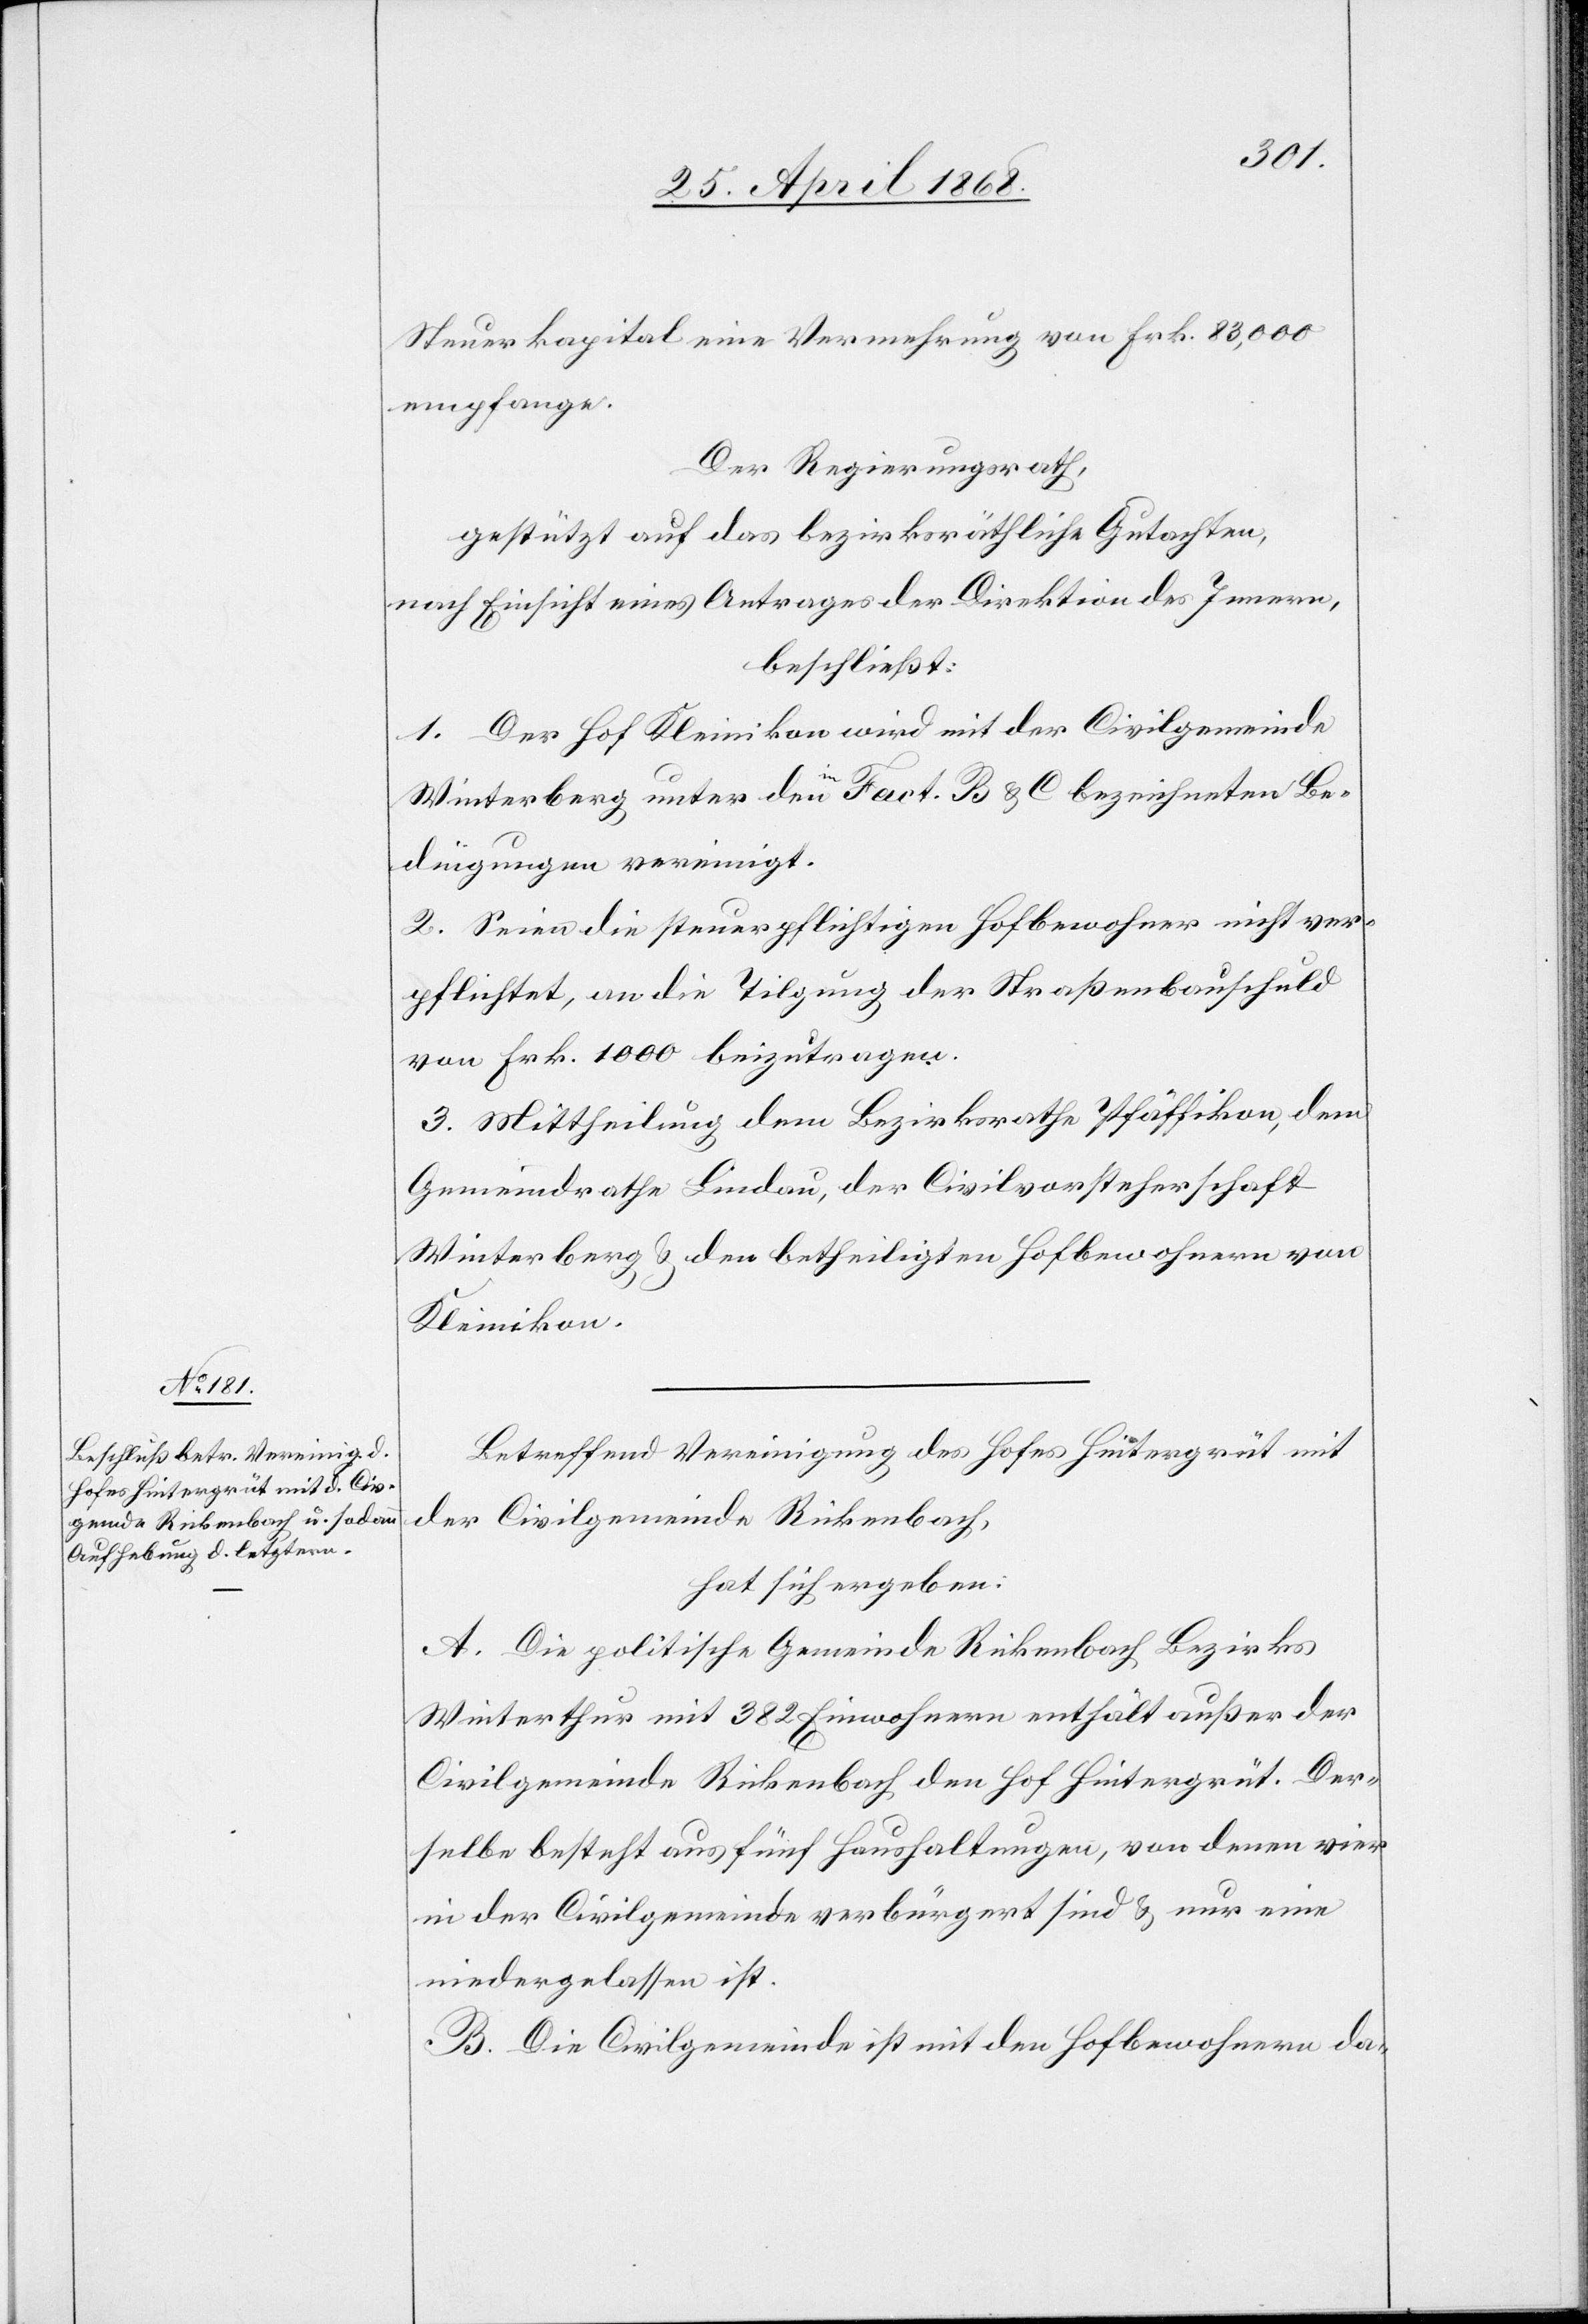
Steuerkapital eine Vermehrung von Frk. 83,000
empfange.
Der Regierungsrath,
gestützt auf das bezirksräthliche Gutachten,
nach Einsicht eines Antrages der Direktion des Innern,
beschließt:
1. Der Hof Kleinikon wird mit der Civilgemeinde
Winterberg unter den im Fact. B & C bezeichneten Be¬
dingungen vereinigt.
2. Seien die steuerpflichtigen Hofbewohner nicht ver¬
pflichtet, an die Tilgung der Straßenbauschuld
von Frk. 1000 beizutragen.
3. Mittheilung dem Bezirksrathe Pfäffikon, dem
Gemeindrathe Lindau, der Civilvorsteherschaft
Winterberg & den betheiligten Hofbewohnern von
Kleinikon.
Betreffend Vereinigung des Hofes Hintergrüt mit
der Civilgemeinde Rickenbach,
hat sich ergeben:
A. Die politische Gemeinde Rickenbach Bezirks
Winterthur mit 382 Einwohnern enthält außer der
Civilgemeinde Rickenbach den Hof Hintergrüt. Der¬
selbe besteht aus fünf Haushaltungen, von denen vier
in der Civilgemeinde verbürgert sind & nur eine
niedergelassen ist.
B. Die Civilgemeinde ist mit den Hofbewohnern da-